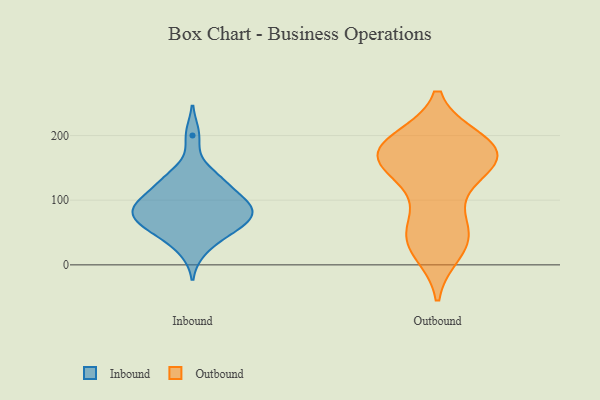
{"axis": {"x": "Customer Acquisition Cost (USD)", "y": "Value"}, "legend": ["Inbound", "Outbound"], "data": [{"x": "", "y": 138, "type": "Inbound"}, {"x": "", "y": 91, "type": "Inbound"}, {"x": "", "y": 66, "type": "Inbound"}, {"x": "", "y": 59, "type": "Inbound"}, {"x": "", "y": 128, "type": "Inbound"}, {"x": "", "y": 112, "type": "Inbound"}, {"x": "", "y": 200, "type": "Inbound"}, {"x": "", "y": 44, "type": "Inbound"}, {"x": "", "y": 93, "type": "Inbound"}, {"x": "", "y": 95, "type": "Inbound"}, {"x": "", "y": 23, "type": "Inbound"}, {"x": "", "y": 76, "type": "Inbound"}, {"x": "", "y": 94, "type": "Inbound"}, {"x": "", "y": 59, "type": "Inbound"}, {"x": "", "y": 135, "type": "Inbound"}, {"x": "", "y": 68, "type": "Inbound"}, {"x": "", "y": 85, "type": "Inbound"}, {"x": "", "y": 22, "type": "Outbound"}, {"x": "", "y": 191, "type": "Outbound"}, {"x": "", "y": 174, "type": "Outbound"}, {"x": "", "y": 178, "type": "Outbound"}, {"x": "", "y": 161, "type": "Outbound"}, {"x": "", "y": 59, "type": "Outbound"}, {"x": "", "y": 190, "type": "Outbound"}, {"x": "", "y": 108, "type": "Outbound"}, {"x": "", "y": 46, "type": "Outbound"}, {"x": "", "y": 44, "type": "Outbound"}, {"x": "", "y": 172, "type": "Outbound"}, {"x": "", "y": 152, "type": "Outbound"}, {"x": "", "y": 148, "type": "Outbound"}, {"x": "", "y": 32, "type": "Outbound"}, {"x": "", "y": 176, "type": "Outbound"}, {"x": "", "y": 172, "type": "Outbound"}]}